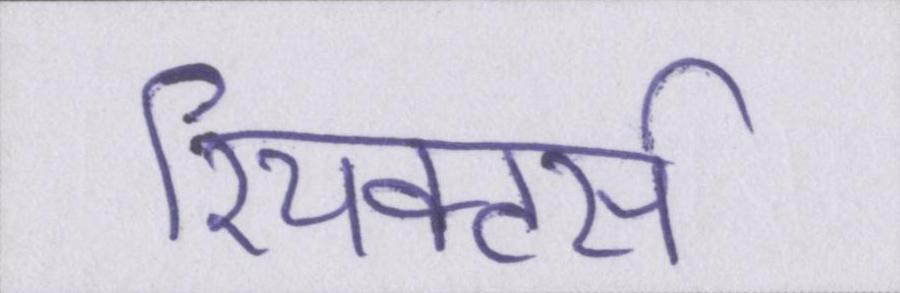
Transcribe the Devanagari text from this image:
रियक्टर्स